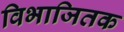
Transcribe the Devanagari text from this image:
विभाजितक